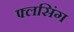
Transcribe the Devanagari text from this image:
फ्लसिंग